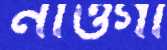
নাওগাঁ